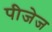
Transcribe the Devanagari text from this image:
पीजेज